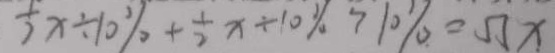
\frac { 1 } { 2 } x \div 1 0 \% + \frac { 1 } { 2 } x \div 1 0 \% > 1 0 \% = 5 5 x